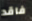
فاقد